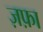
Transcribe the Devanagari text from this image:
ज़फ़ा